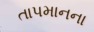
તાપમાનના